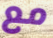
مع